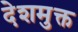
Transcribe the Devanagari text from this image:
देशमुक्त